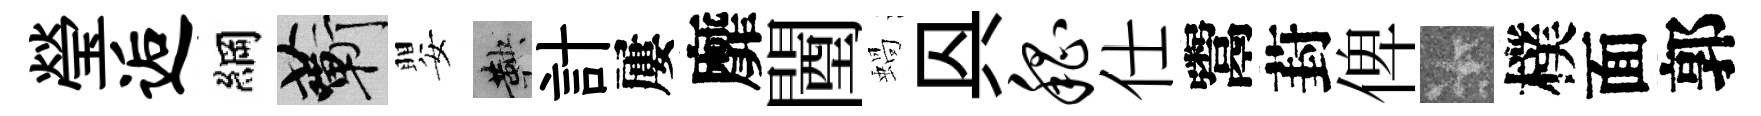
瑩逅綱蔪嬰鞅計屢靡闉蝸㒷嵇仕鬻葑俾卡樸面郭